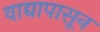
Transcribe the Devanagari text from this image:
वाद्यापासून